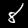
Digit: 8